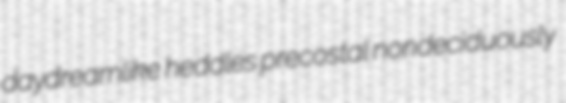
daydreamlike heddles precostal nondeciduously